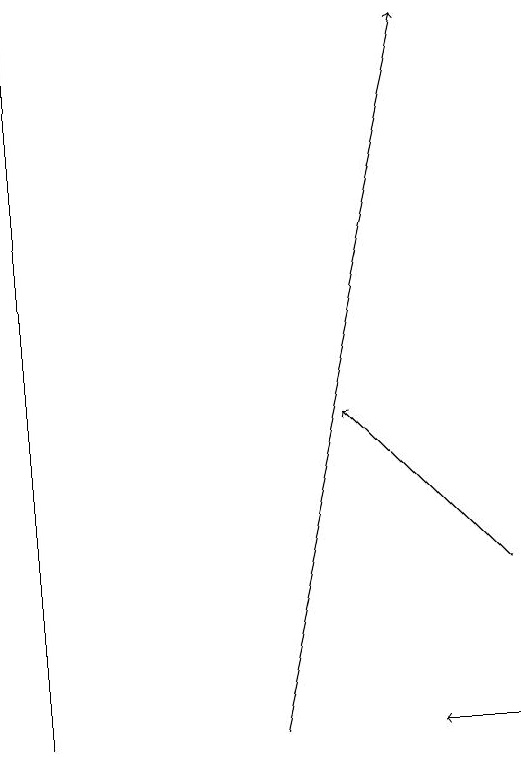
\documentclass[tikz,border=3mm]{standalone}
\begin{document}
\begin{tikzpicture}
\draw[->] (6,12) -- (4,14);
\draw (0,10) rectangle (0,19);
\draw[->] (6,10) -- (5,10);
\draw[->] (3,10) -- (5,19);
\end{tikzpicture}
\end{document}